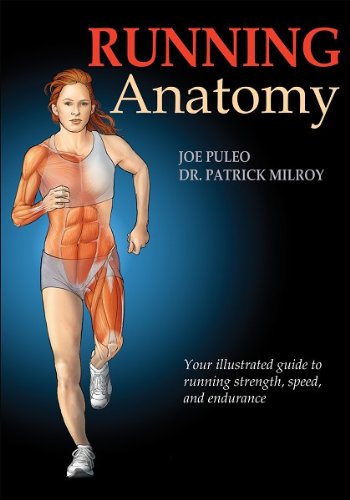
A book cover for Running Anatomy; Joseph Puleo; Sports & Outdoors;